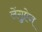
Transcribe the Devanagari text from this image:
लेंगुऐज